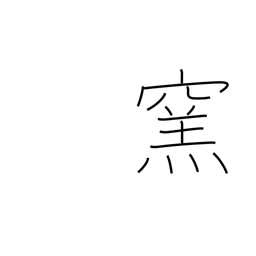
Meaning: furnace